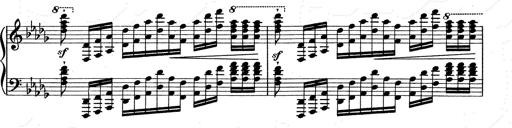
Title: Walhall aus Der Ring des Nibelungen
Composer: Franz Liszt